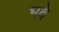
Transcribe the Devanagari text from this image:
भवे